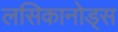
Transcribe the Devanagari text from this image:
लसिकानोड्स